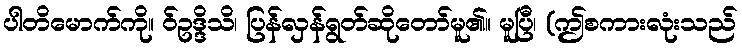
ပါတိမောက်ကို။ ဝ်ဥဒ္ဒိသိ၊ ပြန်လှန်ရွတ်ဆိုတော်မူ၏။ မူပြီ၊ (ဤစကားလုံးသည်